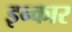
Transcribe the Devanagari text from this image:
इन्‍कार